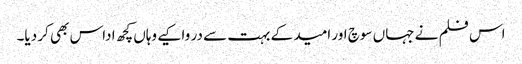
اس فلم نے جہاں سوچ اور امید کے بہت سے در وا کیے وہاں کچھ اداس بھی کر دیا۔